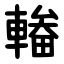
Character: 輽